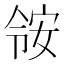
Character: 𫣃